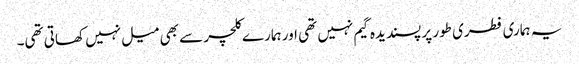
یہ ہماری فطری طور پر پسندیدہ گیم نہیں تھی اور ہمارے کلچر سے بھی میل نہیں کھاتی تھی۔